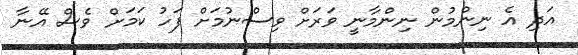
އަދި އެ ނިންމުން ނިންމާނީ ވަރަށް ވިސްނުމަށް ފަހު ކަމަށް ވެސް އޭނާ